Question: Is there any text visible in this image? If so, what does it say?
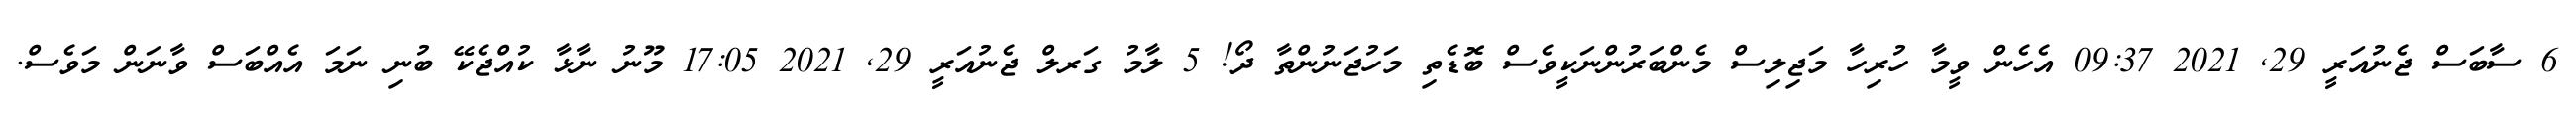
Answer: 6 ސާބަސް ޖެނުއަރީ 29, 2021 09:37 އެހެން ވީމާ ހުރިހާ މަޖިލިސް މެންބަރުންނަކީވެސް ބޮޑެތި މަހުޖަނުންތާ ދޯ! 5 ލާމު ގަރލް ޖެނުއަރީ 29, 2021 17:05 މޫނު ނާޅާ ކުއްޖެކޭ ބުނި ނަމަ އެއްބަސް ވާނަން މަވެސް.